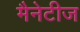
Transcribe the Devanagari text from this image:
मैनेटीज